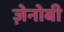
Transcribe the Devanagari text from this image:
ज़ेनोबी